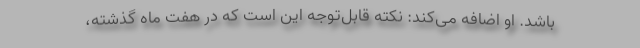
باشد. او اضافه می‌كند: نكته قابل‌توجه این است كه در هفت ماه گذشته،